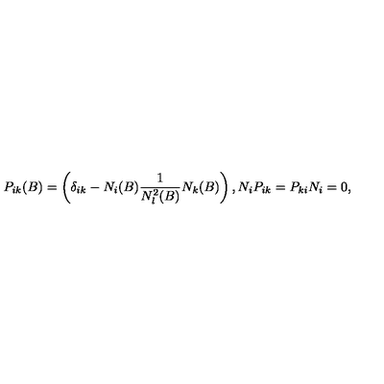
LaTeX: P _ { i k } ( B ) = \left( \delta _ { i k } - N _ { i } ( B ) \frac { 1 } { N _ { l } ^ { 2 } ( B ) } N _ { k } ( B ) \right) , N _ { i } P _ { i k } = P _ { k i } N _ { i } = 0 ,